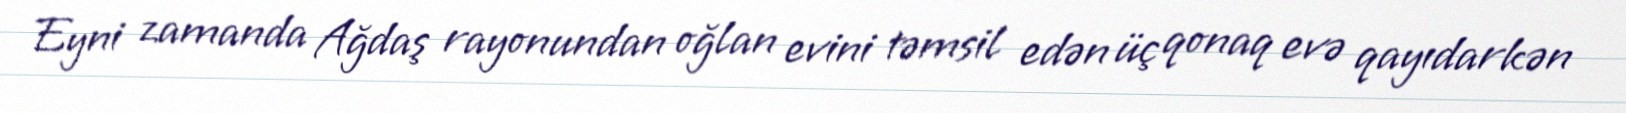
Eyni zamanda Ağdaş rayonundan oğlan evini təmsil edən üç qonaq evə qayıdarkən